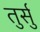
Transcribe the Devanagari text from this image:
तुर्सु